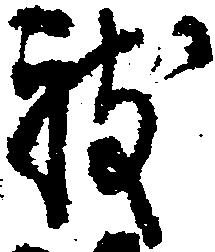
被